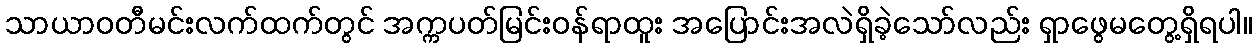
သာယာဝတီမင်းလက်ထက်တွင် အက္ကပတ်မြင်းဝန်ရာထူး အပြောင်းအလဲရှိခဲ့သော်လည်း ရှာဖွေမတွေ့ရှိရပါ။